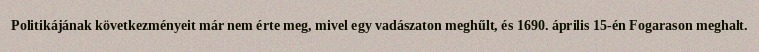
Politikájának következményeit már nem érte meg, mivel egy vadászaton meghűlt, és 1690. április 15-én Fogarason meghalt.